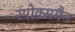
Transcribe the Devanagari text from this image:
स्पोक्समैन